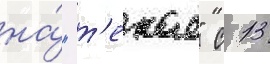
на́ "т'екае" с 13